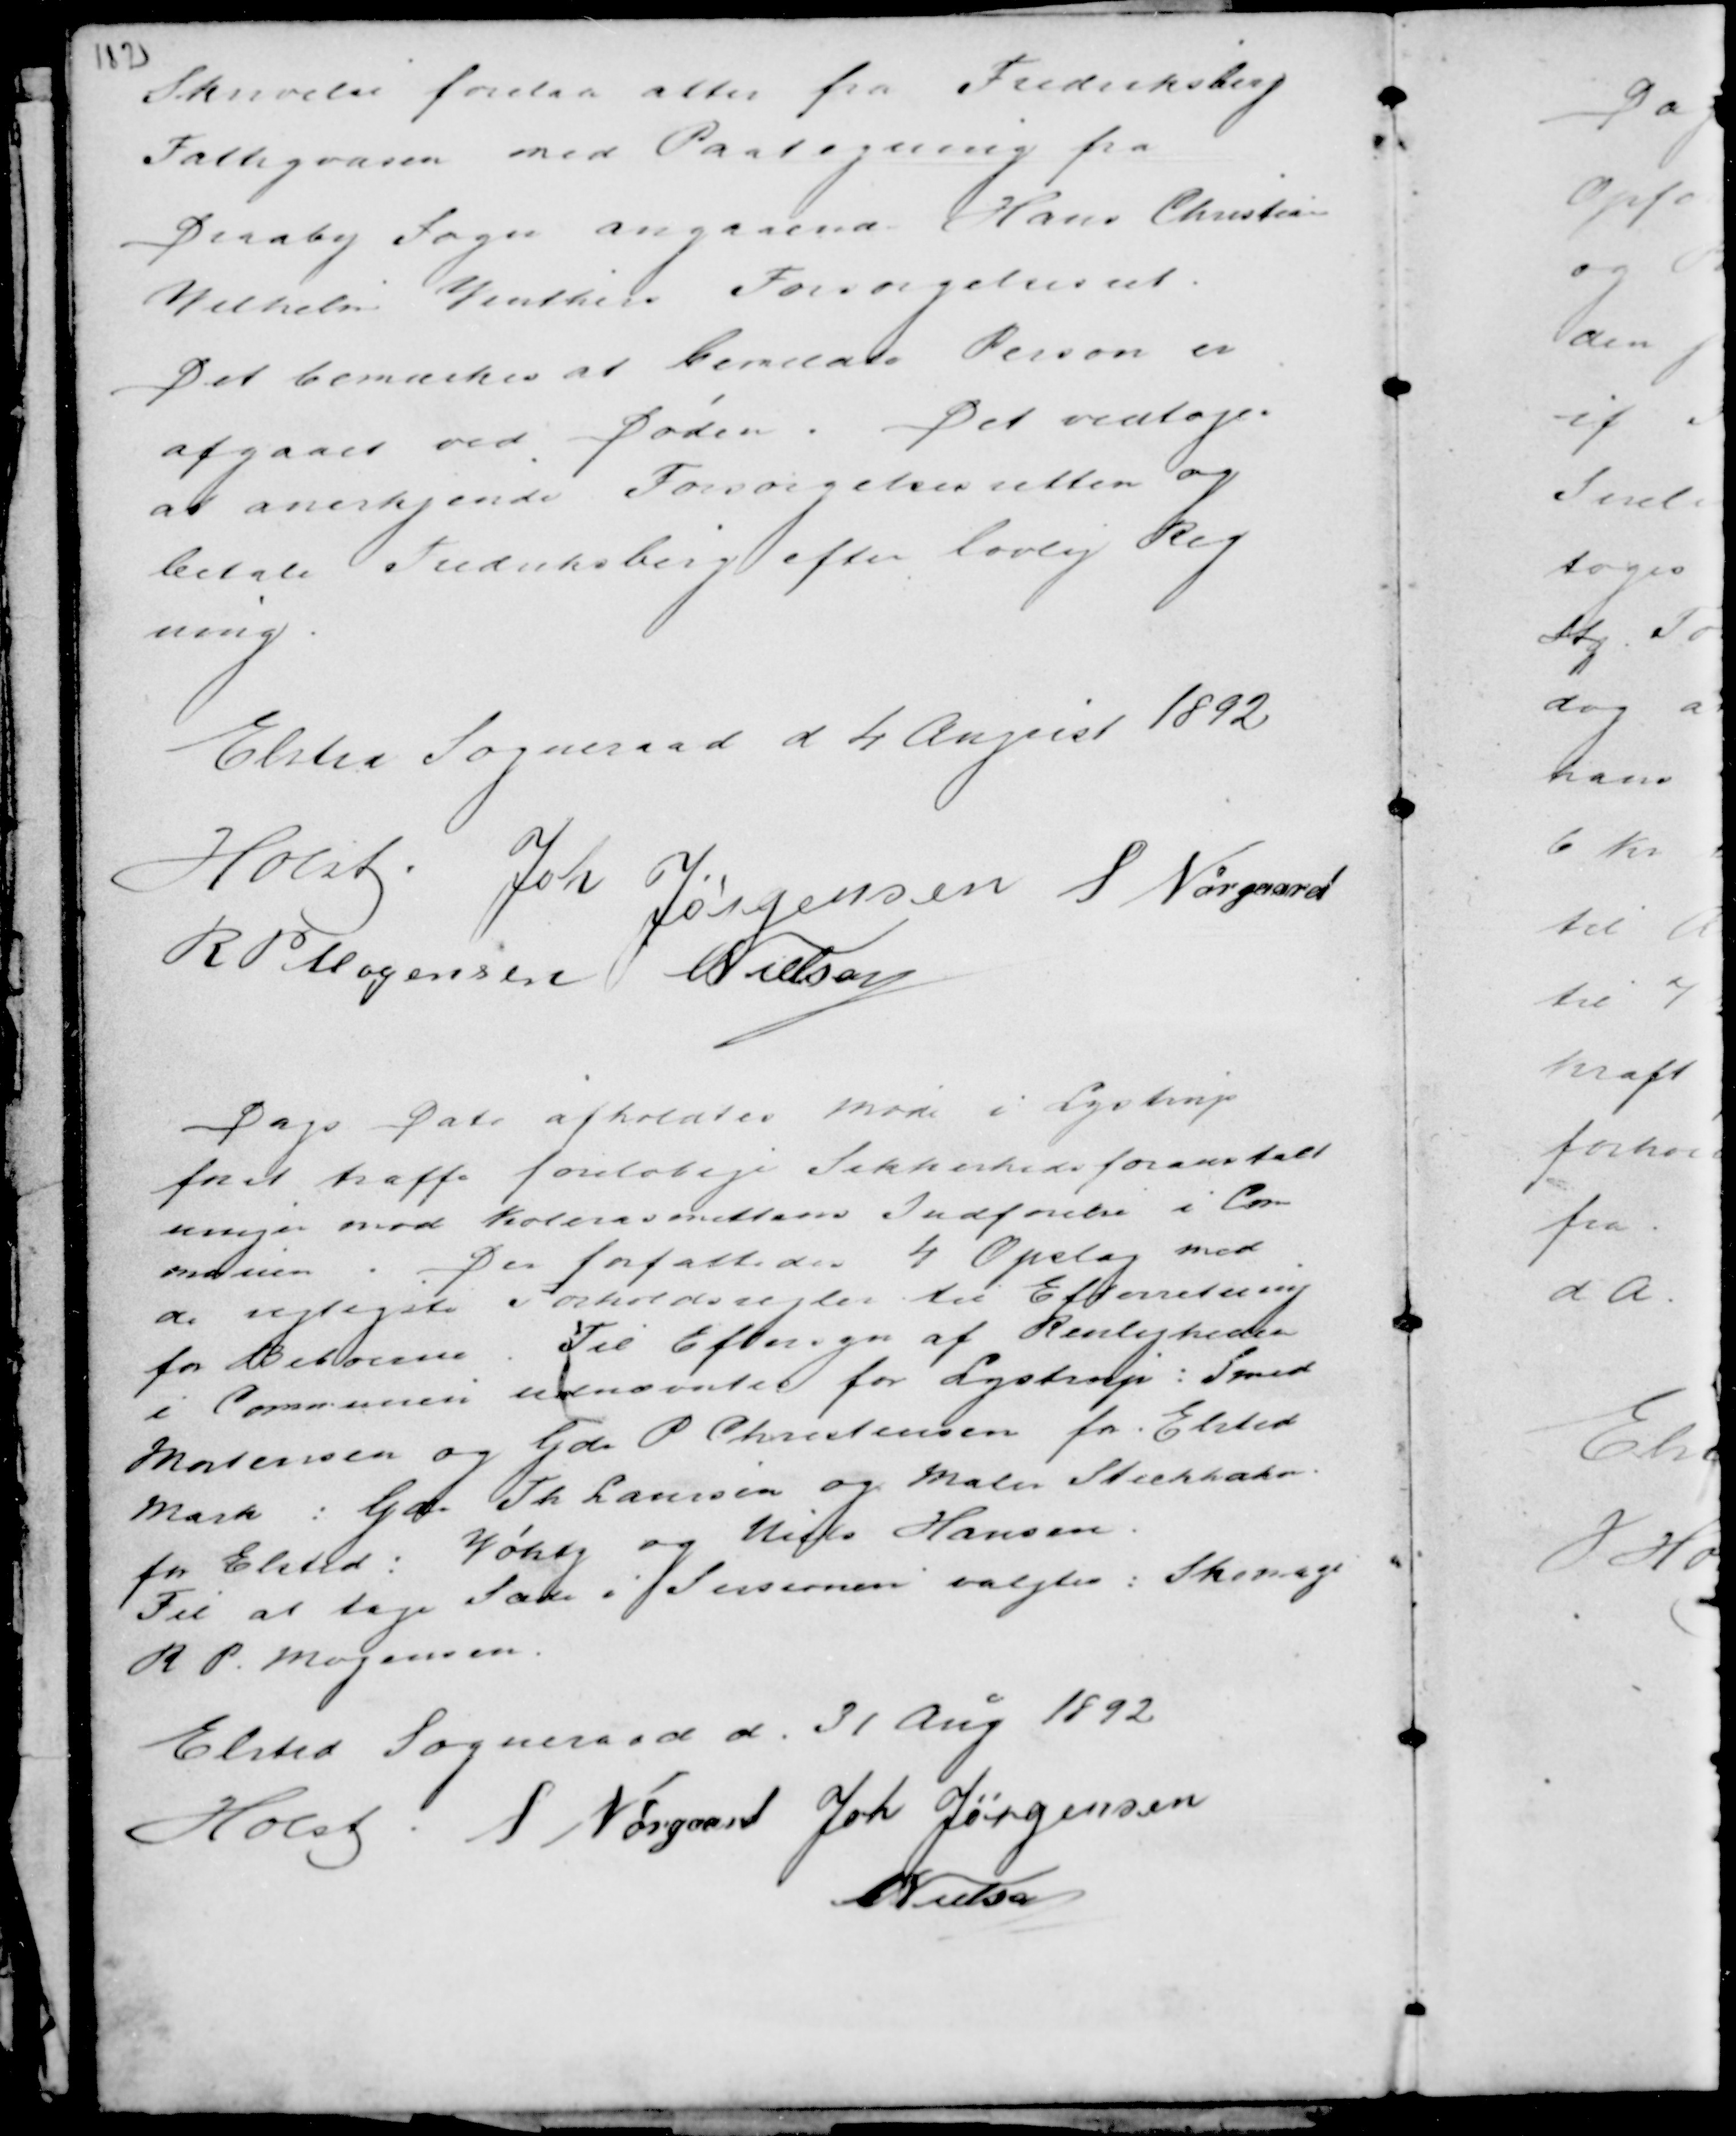
Transskription:
Skrivelse forelaa atter fra Frederiksberg
Fattigvæsen med Paategning fra
Draaby Sagen angaaende Hans Christensen
Vilhelm Vinthers Forsørgelsesret.
Det bemærkes at bemeldte Person er
afgaaet ved Døden . Det vedtoges
at anerkjende Forsørgelsesretten og
betale Frederiksberg efter Lovlig Reg
ning.

Elsted Sogneraad d 4 August 1892
Holst
Joh Jørgensen S Nørgaard
R P Mogensen C Nielsen

Dags Dato afholdtes Møde i Lystrup
for at træffe foreløbige Sikkerhedsforanstalt
ninger mod Kolerasmittens Indførelse i Com
munen .
Der forfattedes 4 Opslag med
de vigtigste Forholdsregler til Efterretning
for Beboerne. Til Eftersyn af Renligheden
i Communen udnævntes for Lystrup : Smed
Mortensen og Gdr P Christensen for Elsted
Mark : Gdr Th Laursen og Maler Strehhahn
for Elsted : Vøhtg og Niels Hansen.
Til at tage Sæde i Sessionen valgtes : Skomager
R P. Mogensen.

Elsted Sogneraad d. 31 Aug 1892
Holst S Nørgaard Joh Jørgensen
C Nielsen